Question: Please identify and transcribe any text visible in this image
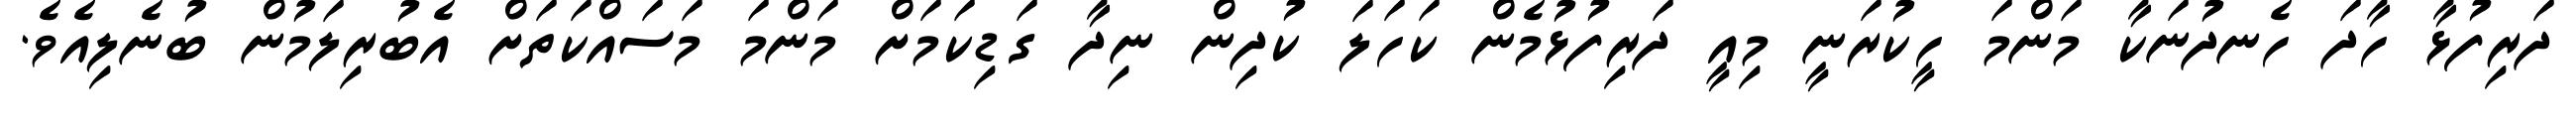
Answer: ދަރިފުޅާ ހާދަ ހެނދުނަކާ މަންމަ ހީކުރަނީ މިއީ ދަރިފުޅުމެން ކަހަލަ ކުދިން ނިދާ ގަޑިކަމަށް މަންމަ މަސައްކަތަށް އެބުރިލަމުން ބުނެލިއެވެ.